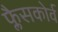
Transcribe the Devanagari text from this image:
फ्लैसकोर्व